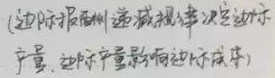
（边际报酬递减规律决定边际产量，边际产量影响边际成本）